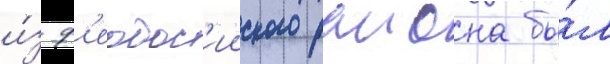
и́з ф'еодос'ииского раиона бы́л